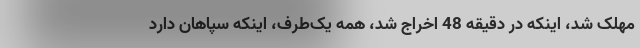
مهلک شد، اینکه در دقیقه 48 اخراج شد، همه یک‌طرف، اینکه سپاهان دارد